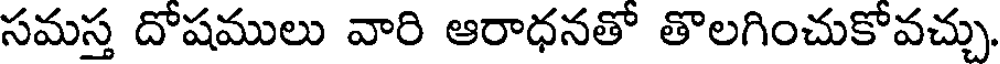
సమస్త దోషములు వారి ఆరాధనతో తొలగించుకోవచ్చు.